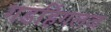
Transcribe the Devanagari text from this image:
गडहिंगलज